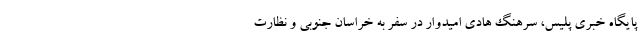
پایگاه خبری پلیس، سرهنگ هادی امیدوار در سفر به خراسان جنوبی و نظارت